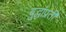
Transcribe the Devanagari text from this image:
बुद्धांप्रती